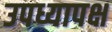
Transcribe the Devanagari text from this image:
उपध्यापक्ष